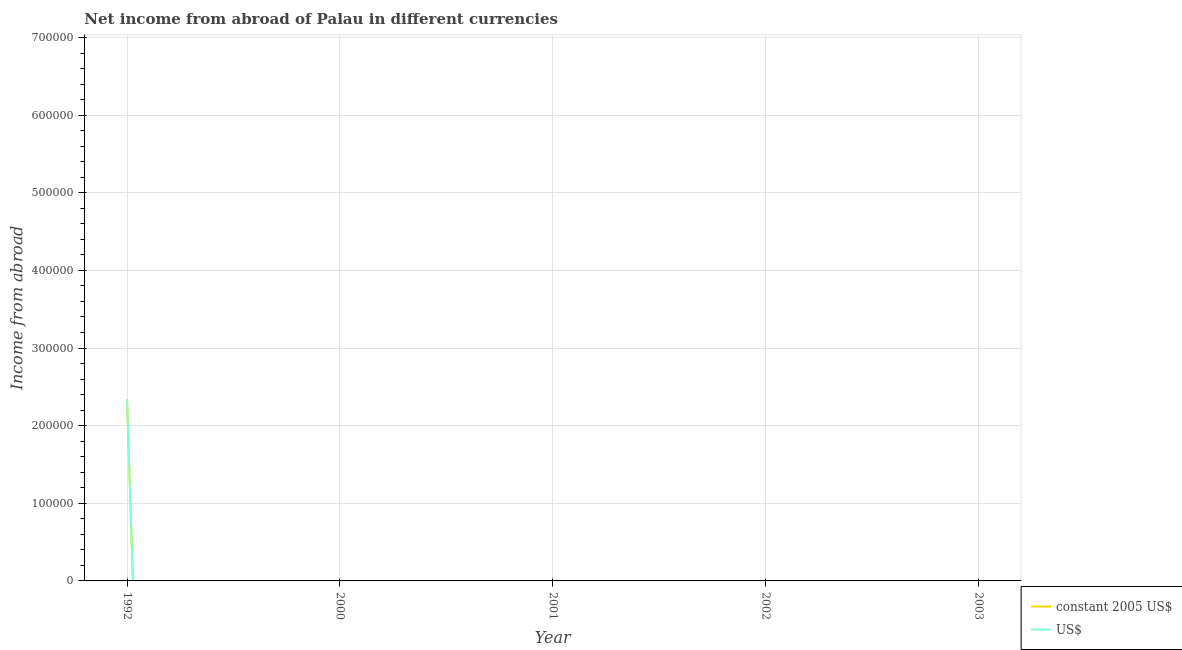
| Year | constant 2005 US$ | US$ |
 | --- | --- | --- |
 | 1992 | 2.34e+05 | 2.34e+05 |
 | 2000 | -8.21e+06 | -8.21e+06 |
 | 2001 | -7.43e+06 | -7.43e+06 |
 | 2002 | -9.15e+06 | -9.15e+06 |
 | 2003 | -5.98e+06 | -5.98e+06 |